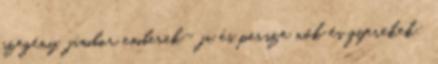
szegény, jámbor emberek- ja és persze nők és gyerekek: